Vaccine operations Central Provinces & Berar 1922-1929 - 1922-1929
Year: 1922
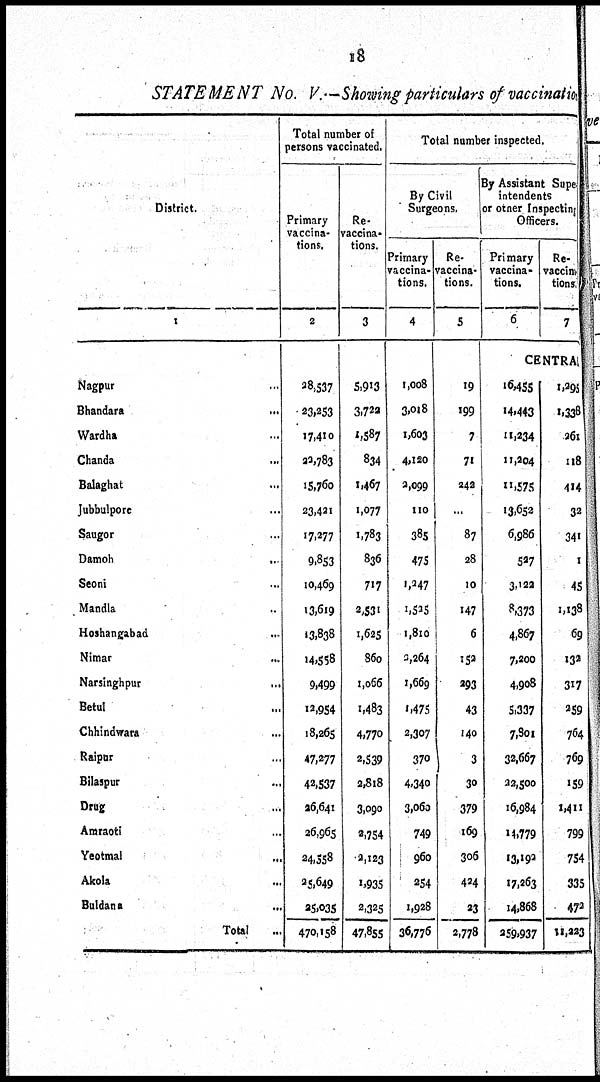
18
STATEMENT No. V.—Showing particulars of vaccinatio
District.
1
Nagpur ...
Bhandara ...
Wardha ...
Chanda ...
Balaghat ...
Jubbulpore ...
Saugor ...
Damoh
...
Seoni ...
Mandla ...
Hoshangabad ...
Nimar ...
Narsinghpur
...
Betul ...
Chhindwara ...
Raipur ...
Bilaspur ...
Drug ...
Amraoti ...
Yeotmal
...
Akola ...
Buldana ...
Total ...
Total number of
persons vaccinated.
Primary
vaccina-
tions.
2
28,537
23,253
17,410
23,783
15,760
23,421
17,277
9,853
10,469
13,619
13,838
14,558
9,499
12,954
18,265
47,277
42,537
26,641
26,965
24,558
25,649
25,035
470,158
Re¬
vaccina¬
tions.
3
5,913
3,722
1,587
834
1,467
1,077
1,783
836
717
2,531
1,625
860
1,066
1,483
4,770
2,539
2,818
3,090
2,754
2,123
1,935
2,325
47,855
Total number inspected.
By Civil
Surgeons.
Primary
vaccina-
tions.
4
1,008
3,018
1,603
4,120
2,099
110
385
475
1,247
1,525
1,810
3,264
1,669
1,475
2,307
370
4,340
3,060
749
960
254
1,928
36,776
Re¬
vaccina-
tions.
5
19
199
7
71
242
...
87
28
10
147
6
152
293
43
140
3
30
379
169
306
424
23
2,778
By Assistant Super¬
intendents
or other Inspecting
Officers.
Primary
vaccina-
tions.
6
Re¬
vaccinv
tions.
7
CENTRAL
16,455
14,443
11,234
11,204
11,575
13,652
6,986
527
3,122
8,373
4,867
7,200
4,908
5,337
7,801
32,667
22,500
16,984
14,779
13,192
17,263
14,868
259,937
1,295
1,338
261
118
414
32
341
1
45
1,138
69
132
317
259
764
769
159
1,411
799
754
335
472
11,223